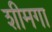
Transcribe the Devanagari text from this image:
शीमगा